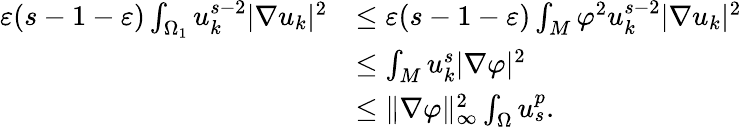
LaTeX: \begin{array}{rl}{\varepsilon(s-1-\varepsilon)\int_{\Omega_{1}}u_{k}^{s-2}|\nabla u_{k}|^{2}}&{\leq\varepsilon(s-1-\varepsilon)\int_{M}\varphi^{2}u_{k}^{s-2}|\nabla u_{k}|^{2}}\\ &{\leq\int_{M}u_{k}^{s}|\nabla\varphi|^{2}}\\ &{\leq\| \nabla\varphi\| _{\infty}^{2}\int_{\Omega}u_{s}^{p}.}\end{array}